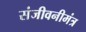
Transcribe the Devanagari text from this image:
संजीवनीमंत्र